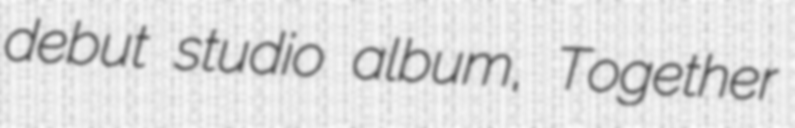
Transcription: debut studio album, Together